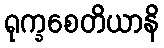
ရုက္ခစေတိယာနိ